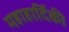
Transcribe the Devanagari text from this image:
महाहार्दिकी